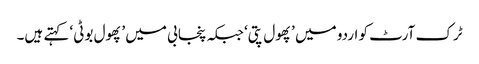
ٹرک آرٹ کو اردو میں ’پھول پتی‘ جبکہ پنجابی میں ’پھول بوٹی‘ کہتے ہیں۔